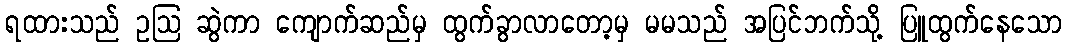
ရထားသည် ဥဩ ဆွဲကာ ကျောက်ဆည်မှ ထွက်ခွာလာတော့မှ မမသည် အပြင်ဘက်သို့ ပြူထွက်နေသော